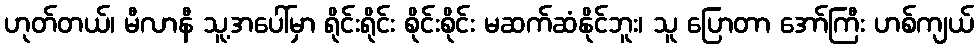
ဟုတ်တယ်၊ မီလာနီ သူ့အပေါ်မှာ ရိုင်းရိုင်း စိုင်းစိုင်း မဆက်ဆံနိုင်ဘူး၊ သူ ပြောတာ အော်ကြီး ဟစ်ကျယ်